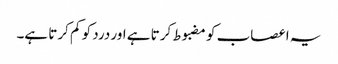
یہ اعصاب کو مضبوط کرتا ہے اور درد کو کم کرتا ہے۔